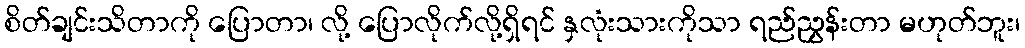
စိတ်ချင်းသိတာကို ပြောတာ၊ လို့ ပြောလိုက်လို့ရှိရင် နှလုံးသားကိုသာ ရည်ညွှန်းတာ မဟုတ်ဘူး၊